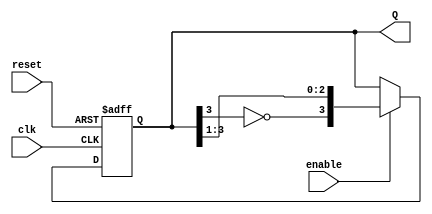
module JohnsonCounter #(
    parameter N = 4  // Number of stages (flip-flops)
)(
    input wire clk,       // Clock signal
    input wire reset,     // Asynchronous reset signal
    input wire enable,    // Enable signal
    output reg [N-1:0] Q // Output state of the counter
);

    // Internal signal for feedback
    wire feedback;

    // Feedback is the inverted output of the last flip-flop
    assign feedback = ~Q[N-1];

    always @(posedge clk or posedge reset) begin
        if (reset) begin
            // Asynchronous reset: set all flip-flops to 0
            Q <= 0;
        end else if (enable) begin
            // Shift the state and apply feedback
            Q <= {feedback, Q[N-1:1]};
        end
    end

endmodule